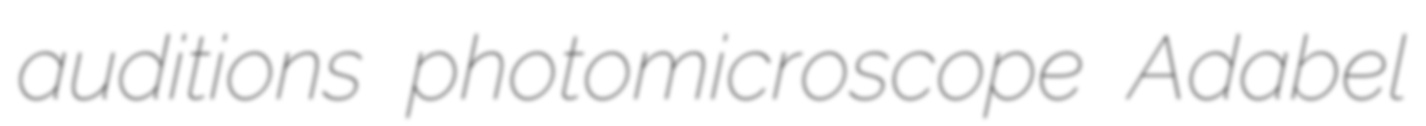
auditions photomicroscope Adabel